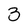
Character: 3